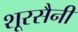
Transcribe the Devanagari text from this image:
शूरसैनी